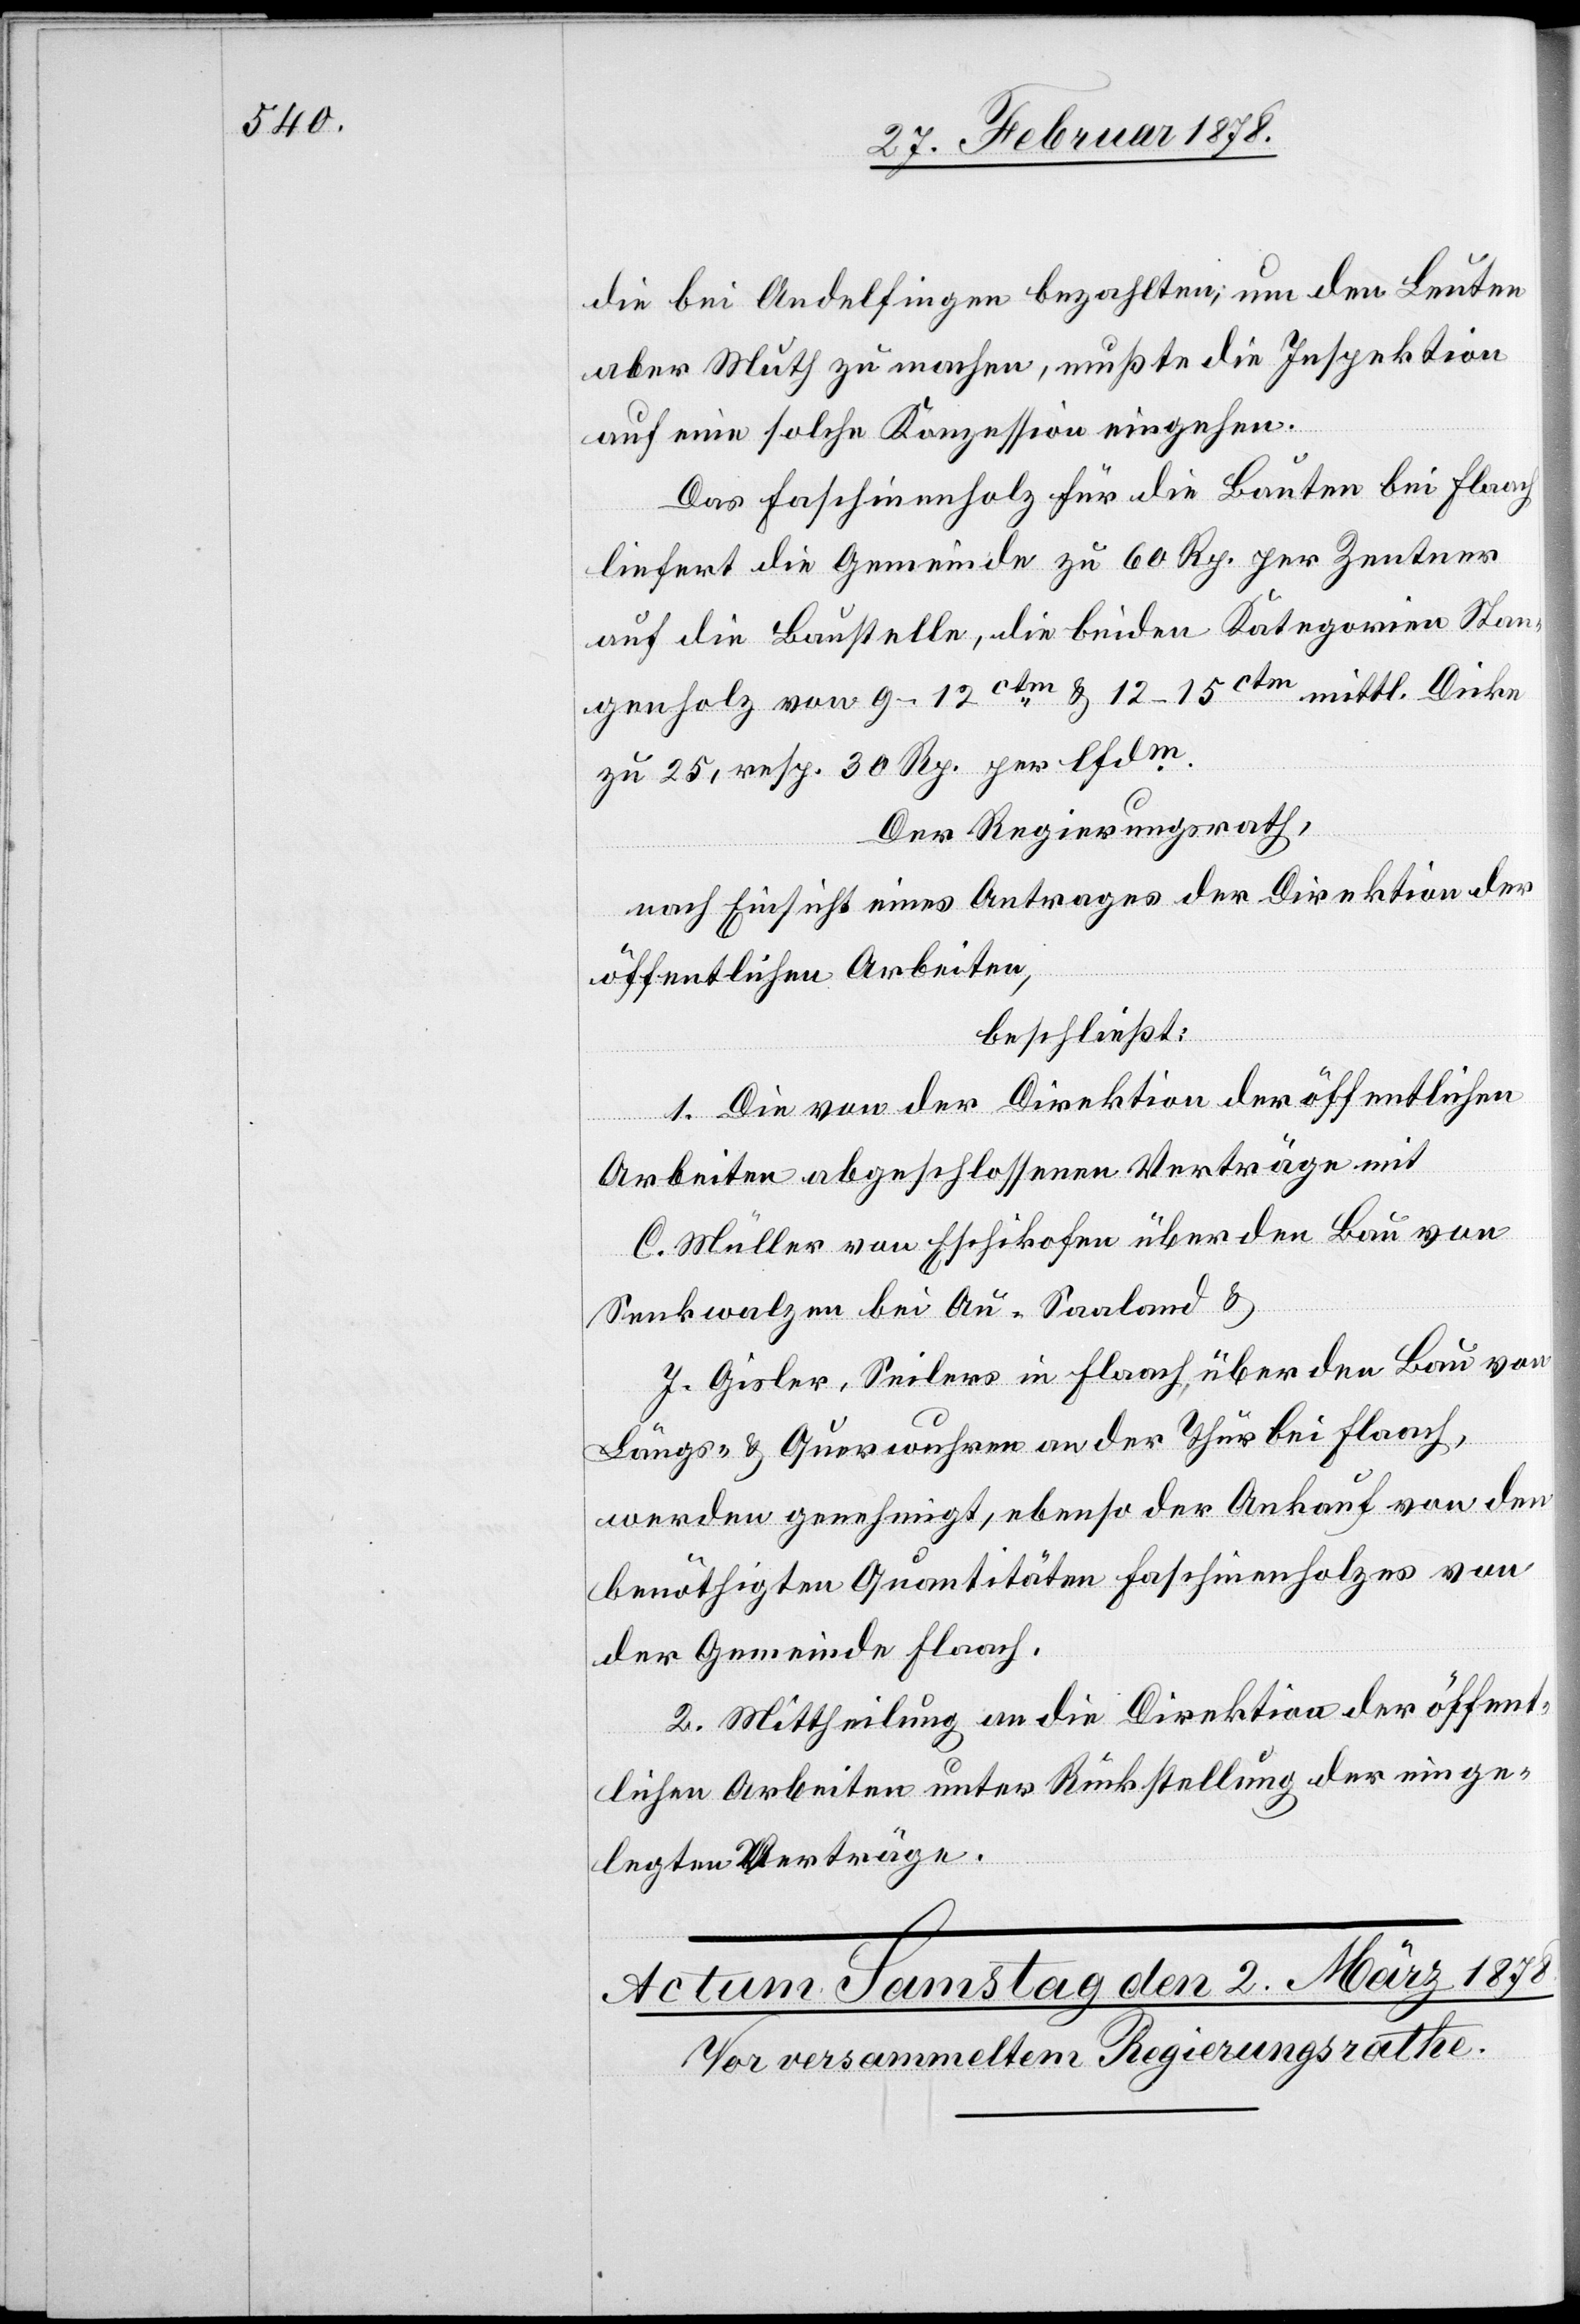
die bei Andelfingen bezahlten; um den Leuten
aber Muth zu machen, mußte die Inspektion
auf eine solche Konzession eingehen.
Das Faschinenholz für die Bauten bei Flaach
liefert die Gemeinde zu 60 Rp. per Zentner
auf die Baustelle, die beiden Kategorien Stan¬
genholz von 9–12ctm & 12–15ctm mittl. Dicke
zu 25, resp. 30 Rp. per lfdm.
Der Regierungsrath,
nach Einsicht eines Antrages der Direktion der
öffentlichen Arbeiten,
beschließt:
1. Die von der Direktion der öffentlichen
Arbeiten abgeschlossenen Verträge mit
C. Müller von Eschikofen über den Bau von
Senkwalzen bei Au - Saaland &
J. Gisler, Seiler in Flaach, über den Bau von
Längs- & Querwuhren an der Thur bei Flaach,
werden genehmigt, ebenso der Ankauf von den
benöthigten Quantitäten Faschinenholzes von
der Gemeinde Flaach.
2. Mittheilung an die Direktion der öffent¬
lichen Arbeiten unter Rückstellung der einge¬
legten Verträge.